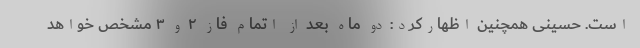
است. حسینی همچنین اظهارکرد: دو ماه بعد از اتمام فاز ۲ و ۳ مشخص خواهد